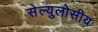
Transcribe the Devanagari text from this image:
सेल्युलोसीय